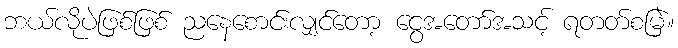
ဘယ်လိုပဲဖြစ်ဖြစ် ညနေစောင်းလျှင်တော့ ငွေအတော်အသင့် ရတတ်စမြဲ။